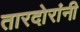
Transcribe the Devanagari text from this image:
तारदोरांनी